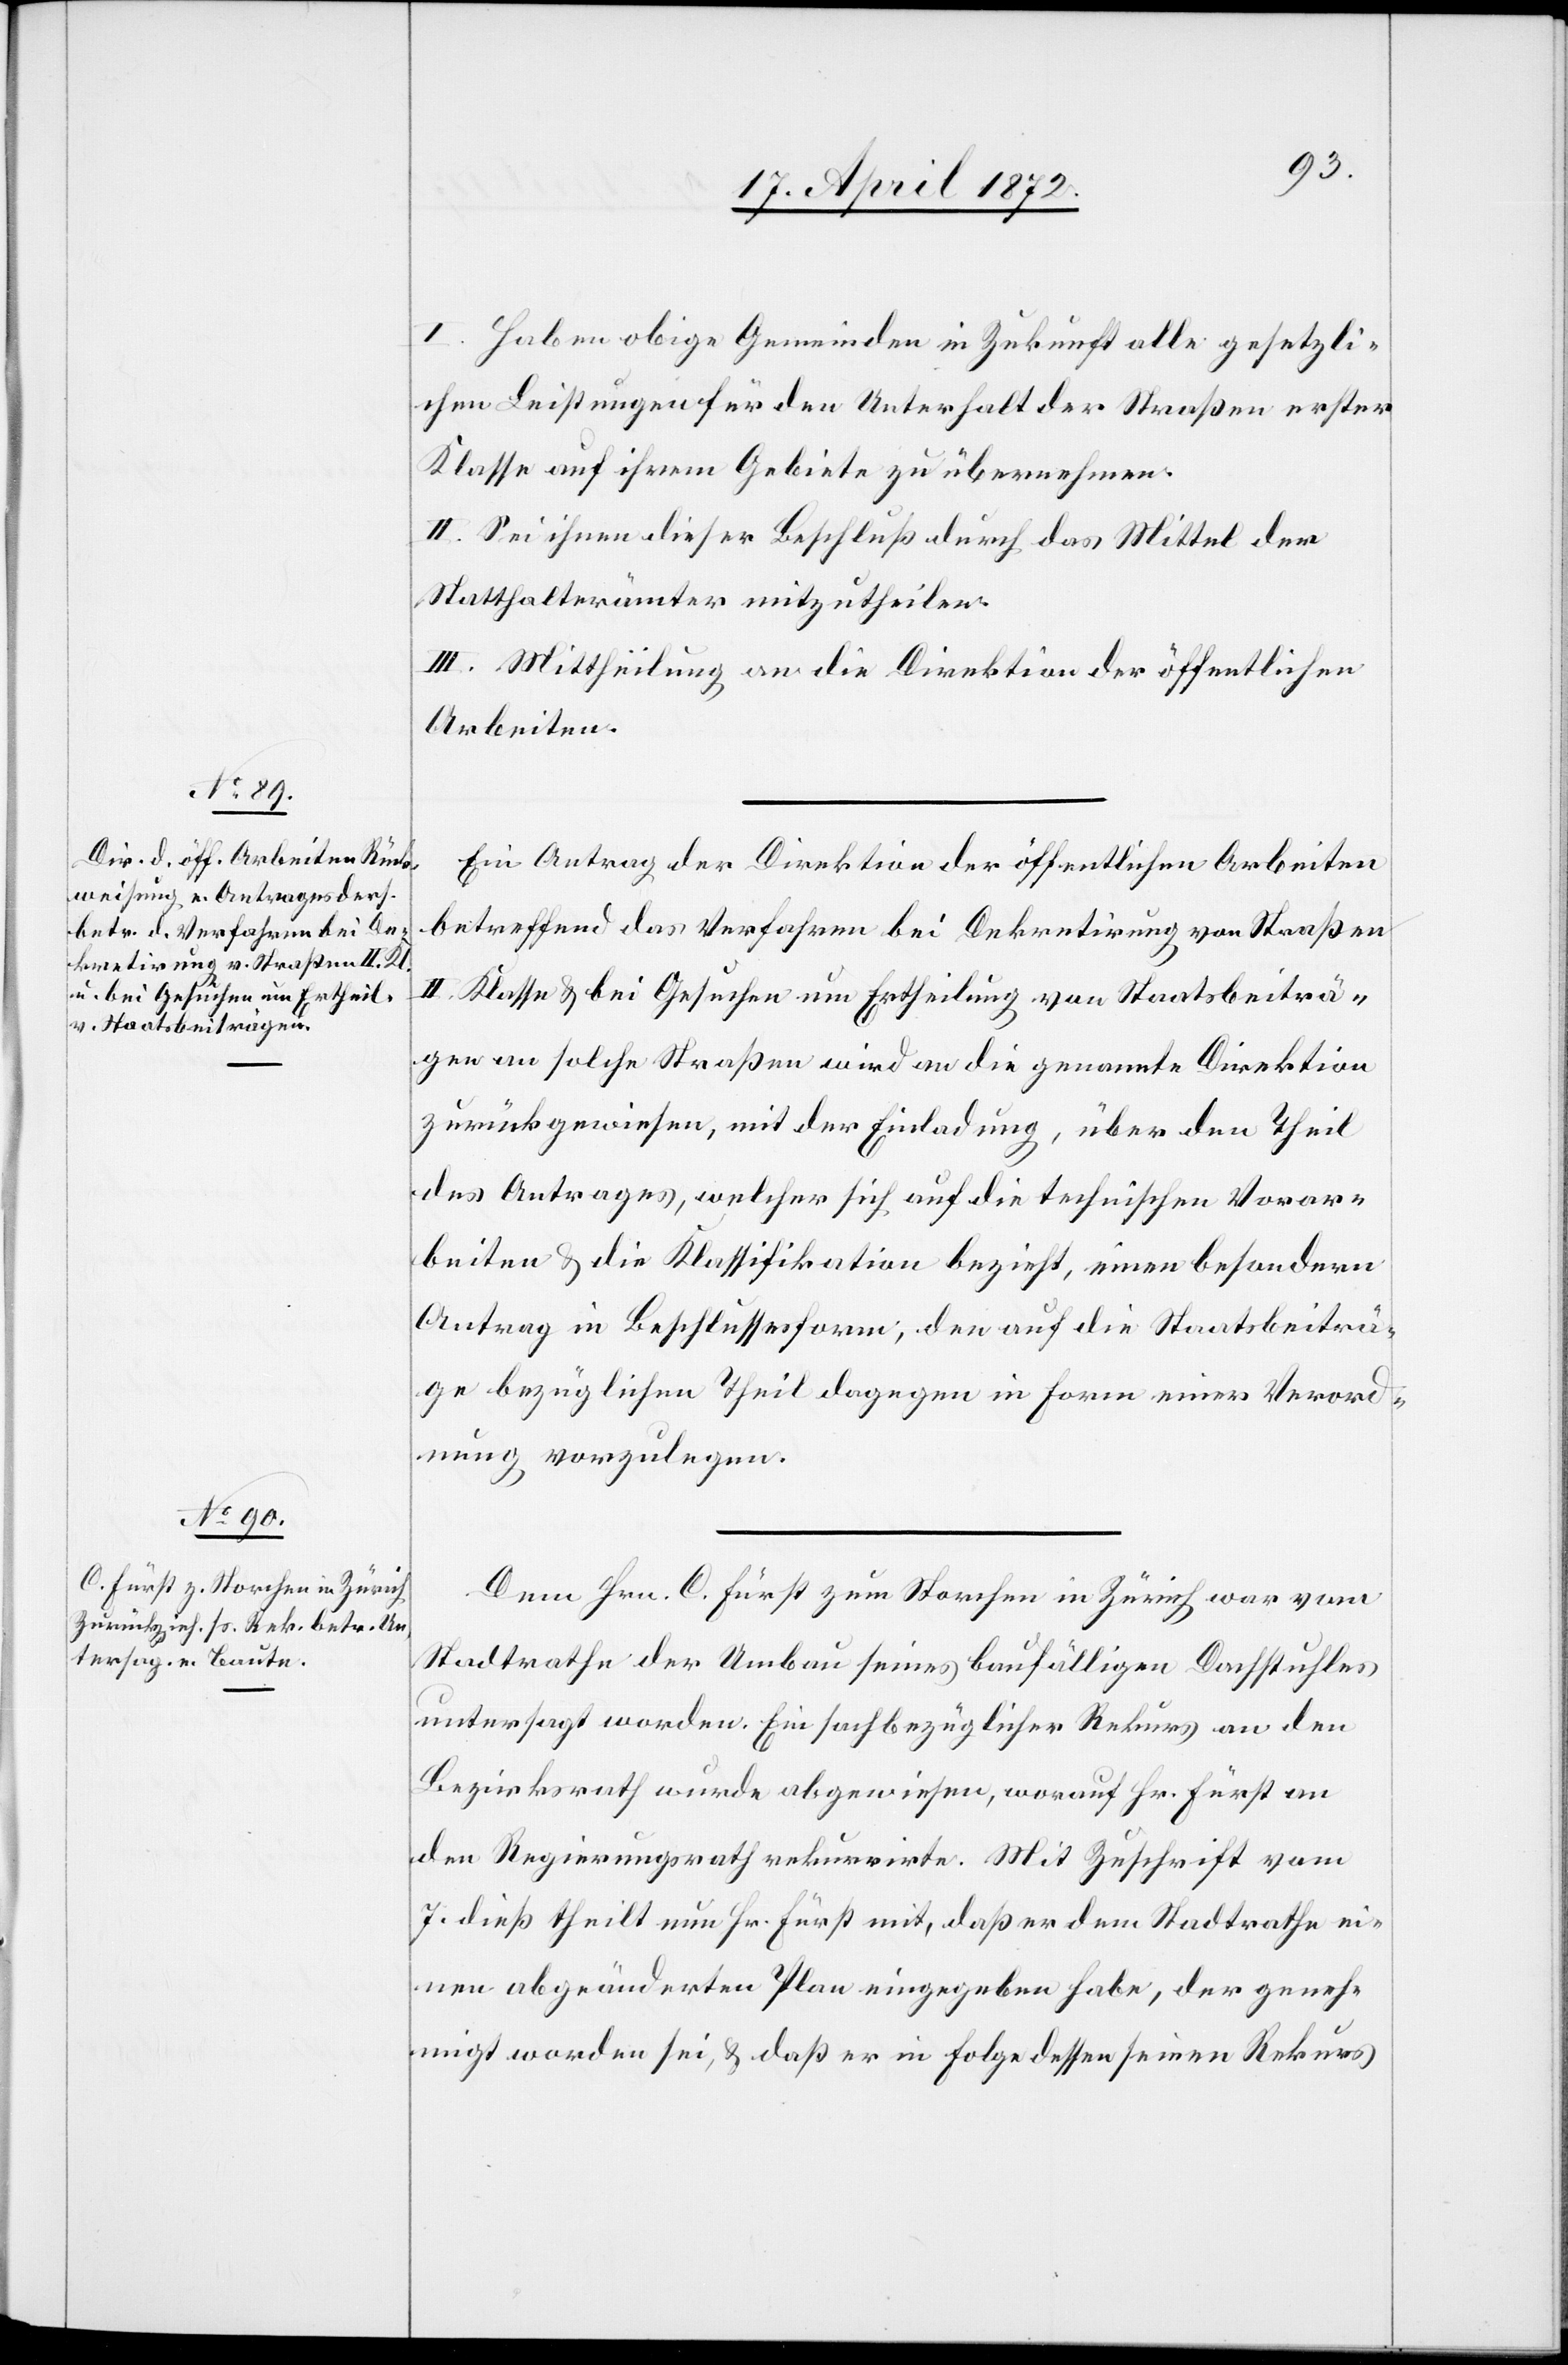
I. Haben obige Gemeinden in Zukunft alle gesetzli¬
chen Leistungen für den Unterhalt der Straßen erster
Klasse auf ihrem Gebiete zu übernehmen.
II. Sei ihnen dieser Beschluß durch das Mittel der
Statthalterämter mitzutheilen.
III. Mittheilung an die Direktion der öffentlichen
Arbeiten.
Ein Antrag der Direktion der öffentlichen Arbeiten
betreffend das Verfahren bei Dekretirung von Straßen
II. Klasse u. bei Gesuchen um Ertheilung von Staatsbeiträ¬
gen an solche Straßen wird an die genannte Direktion
zurückgewiesen, mit der Einladung, über den Theil
des Antrages, welcher sich auf die technischen Vorar¬
beiten u. die Klassifikation bezieht, einen besondern
Antrag in Beschlussesform, den auf die Staatsbeiträ¬
ge bezüglichen Theil dagegen in Form einer Verord¬
nung vorzulegen.
Dem Hrn. C. Fürst zum Storchen in Zürich war vom
Stadtrathe der Umbau seines baufälligen Dachstuhles
untersagt worden. Ein sachbezüglicher Rekurs an den
Bezirksrath wurde abgewiesen, worauf Hr. Fürst an
den Regierungsrath rekurrirte. Mit Zuschrift vom
7. dieß theilt nun Hr. Fürst mit, daß er dem Stadtrathe ei¬
nen abgeänderten Plan eingegeben habe, der geneh¬
migt worden sei, u. daß er in Folge dessen seinen Rekurs